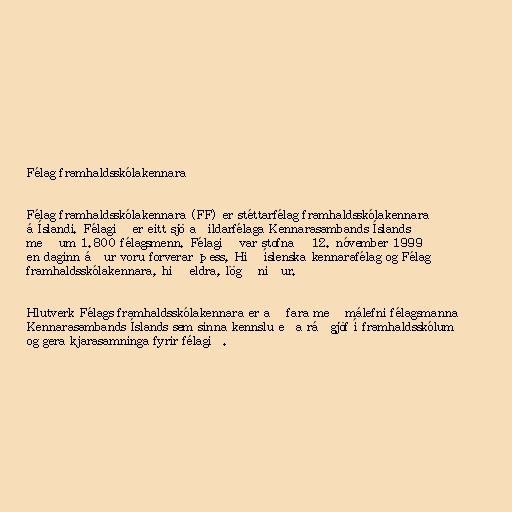
Félag framhaldsskólakennara

Félag framhaldsskólakennara (FF) er stéttarfélag framhaldsskólakennara
á Íslandi. Félagið er eitt sjö aðildarfélaga Kennarasambands Íslands
með um 1.800 félagsmenn. Félagið var stofnað 12. nóvember 1999
en daginn áður voru forverar þess, Hið íslenska kennarafélag og Félag
framhaldsskólakennara, hið eldra, lögð niður.

Hlutverk Félags framhaldsskólakennara er að fara með málefni félagsmanna
Kennarasambands Íslands sem sinna kennslu eða ráðgjöf í framhaldsskólum
og gera kjarasamninga fyrir félagið.